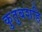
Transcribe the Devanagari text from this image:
कुतुबशहि